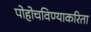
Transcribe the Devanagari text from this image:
पोहोचविण्याकरिता